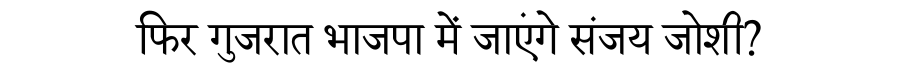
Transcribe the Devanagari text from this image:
फिर गुजरात भाजपा में जाएंगे संजय जोशी?